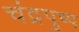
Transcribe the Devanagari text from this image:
चंद्रपुष्प